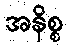
အနိစ္စ